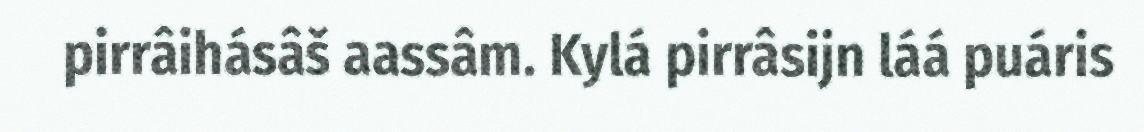
pirrâihásâš aassâm. Kylá pirrâsijn láá puáris